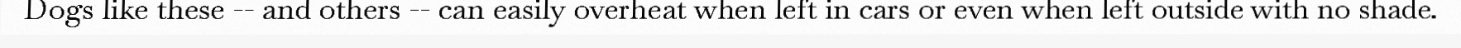
Dogs like these -- and others -- can easily overheat when left in cars or even when left outside with no shade.